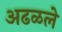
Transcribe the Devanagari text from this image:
अढळले